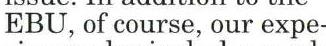
EBU, of course, our expe-